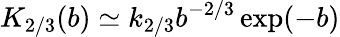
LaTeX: K_{2/3}(b)\simeq k_{2/3}b^{-2/3}\exp(-b)